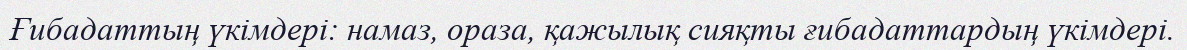
Ғибадаттың үкімдері: намаз, ораза, қажылық сияқты ғибадаттардың үкімдері.